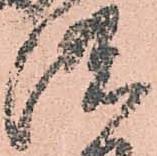
濃